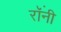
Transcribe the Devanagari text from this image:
रॉंनी